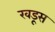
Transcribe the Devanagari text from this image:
खडूस